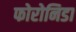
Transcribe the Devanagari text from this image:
फोरोनिडा